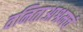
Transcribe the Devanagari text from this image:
वनिताआश्रमचं